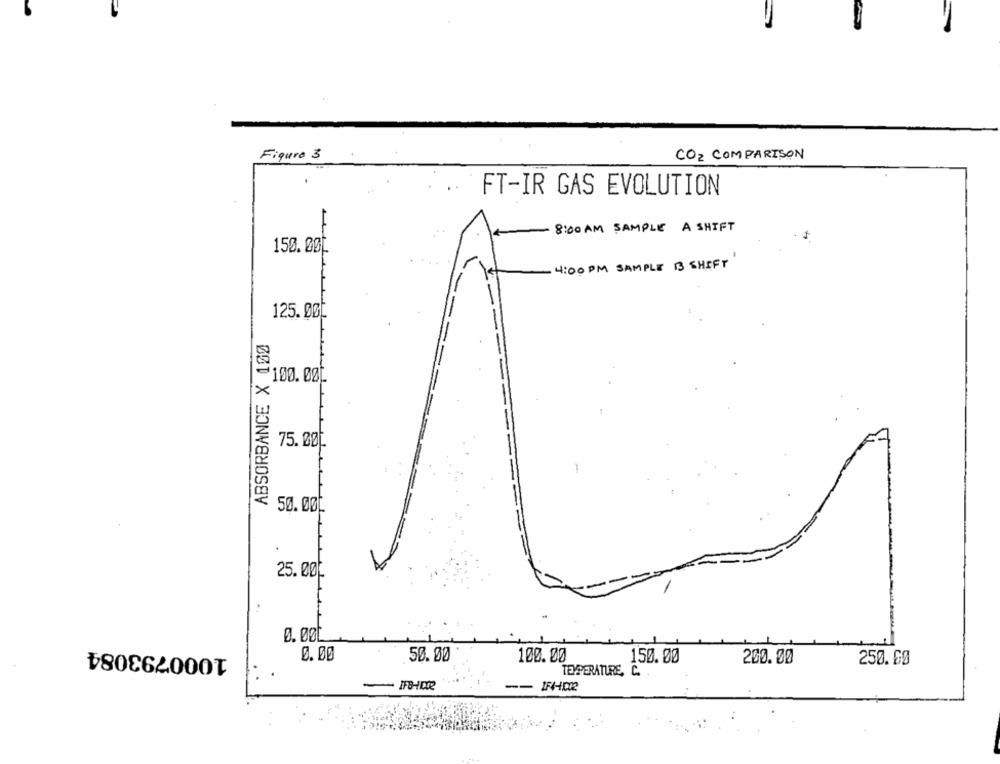
Figure 3
CO2 COMPARISON
FT-IR GAS EVOLUTION
8:00 AM SAMPLE A SHIFT
150.000
4:00 PM SAMPLE B SHIFT
125.00℃
ABSORBANCE X 100
-
100.000
00
75.00[
50.000
25.00
0. 000
1000793084
0.00
50.00
100.00
150.00
200.00
250.00
TEMPERATURE, C.
--
IF4-1002